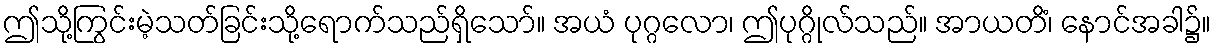
ဤသို့ကြွင်းမဲ့သတ်ခြင်းသို့ရောက်သည်ရှိသော်။ အယံ ပုဂ္ဂလော၊ ဤပုဂ္ဂိုလ်သည်။ အာယတိံ၊ နောင်အခါ၌။